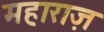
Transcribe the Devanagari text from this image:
महाराज़